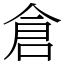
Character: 倉